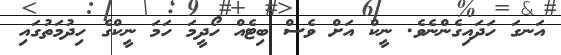
އަނގަ ހަދައިގެންނެވެ. ނީކް އަށް ވެސް ބިޓެއް ހޯދީމަ ހަމަ ނީކްގެ ހިދުމަތުގައި